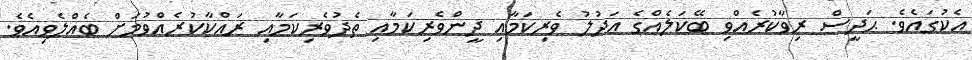
އެކުގައެވެ. ޙަދީސް ރިވާކުރެއްވި ބޭކަލެއްގެ ޢަދުލު ވެރިކަމާއި ދީންވެރިކަމާއި ތެދުވެރިކަމާއި ރައްކާކުރެއްވުމަށް ބެއްލެވިއެވެ.